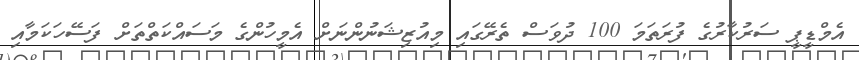
އެމްޑީޕީ ސަރުކާރުގެ ފުރަތަމަ 100 ދުވަސް ތެރޭގައި މިއުޒިޝަނުންނަށް އެމީހުންގެ މަސައްކަތްތަށް ފަސޭހަކަމާއި